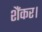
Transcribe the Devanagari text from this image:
शैंकर।